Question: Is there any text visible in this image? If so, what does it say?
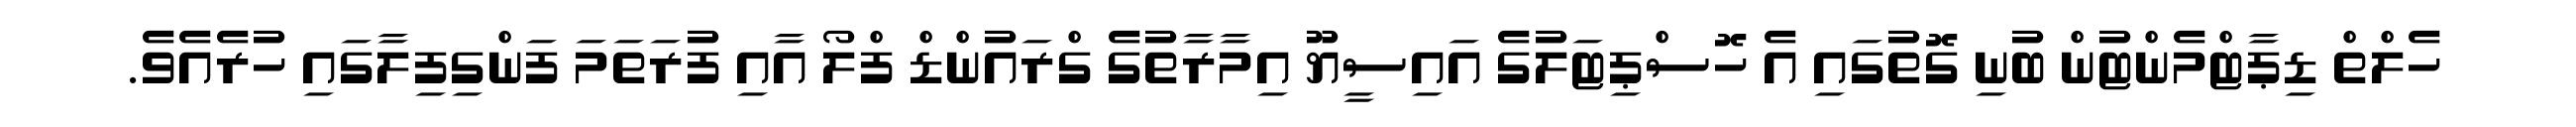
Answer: ހެލްތް ޑިޕާޓްމެންޓުން ބުނި ގޮތުގައި އެ ހޮސްޕިޓަލުގެ އައިސީޔޫ އިމާރާތުގެ ގްރައުންޑް ފްލޯ އާއި ފުރަތަމަ ފަންގިފިލާގައި ހުރެއެވެ.